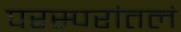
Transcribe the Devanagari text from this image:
परस्परांतलं